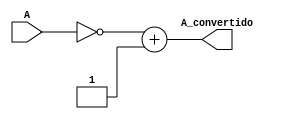
module MOD_Conversor_Comp2(
    input [5:0] A,
    output [5:0] A_convertido
    );
    
    wire [5:0] comp;
    assign comp = ~A;

    wire [6:0]suma;
    assign suma = comp + 6'd1;
    
    assign A_convertido = suma[5:0];
    
endmodule